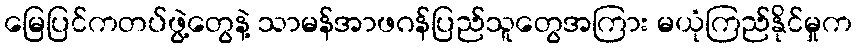
မြေပြင်ကတပ်ဖွဲ့တွေနဲ့ သာမန်အာဖဂန်ပြည်သူတွေအကြား မယုံကြည်နိုင်မှုက